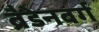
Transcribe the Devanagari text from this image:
ब्रैडेनबर्ग